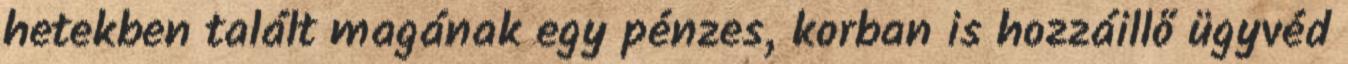
hetekben talált magának egy pénzes, korban is hozzáillő ügyvéd